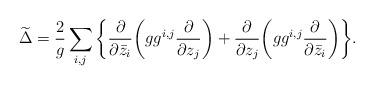
LaTeX: \begin{align*}\widetilde{\Delta} =\frac{2}{g} \sum_{i,j}\bigg\{\frac{\partial}{\partial \bar{z}_i}\bigg(g g^{i,j}\frac{\partial}{\partial z_j}\bigg)+\frac{\partial}{\partial z_j}\bigg(gg ^{i,j}\frac{\partial}{\partial \bar{z}_i}\bigg)\bigg\}.\end{align*}